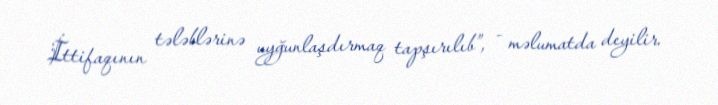
İttifaqının tələblərinə uyğunlaşdırmaq tapşırılıb”, - məlumatda deyilir.